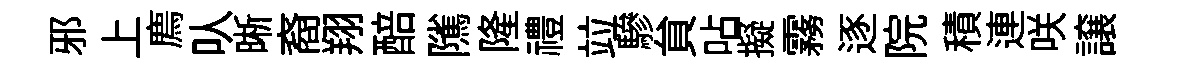
邪上廌㕥晰裔翔醅隲隆禮竝驂貟呫擬霧逐院積連咲譲